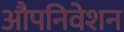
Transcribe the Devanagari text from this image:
औपनिवेशन